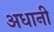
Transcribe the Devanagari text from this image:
अधानी